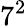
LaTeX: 7^{2}